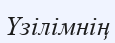
Үзілімнің